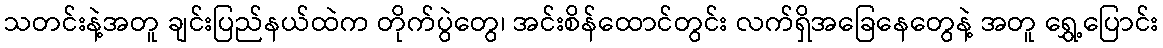
သတင်းနဲ့အတူ ချင်းပြည်နယ်ထဲက တိုက်ပွဲတွေ၊ အင်းစိန်ထောင်တွင်း လက်ရှိအခြေနေတွေနဲ့ အတူ ရွှေ့ပြောင်း